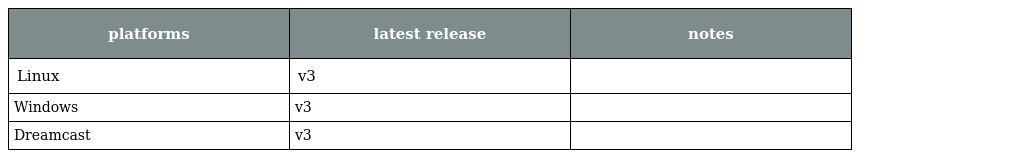
| platforms | latest release | notes |
 | --- | --- | --- |
 | Linux | v3 |  |
 | Windows | v3 |  |
 | Dreamcast | v3 |  |